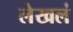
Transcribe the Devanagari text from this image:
लेखलं